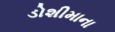
ડોશીમાના